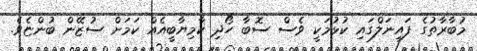
މުބާރާތުގެ ފައިނަލްގައި ކުޅުމަކީ ވެސް ސޮބާ ހޯދި ކާމިޔާބީއެއް ކަމަށް ސުޒޭން ބުންޏެވެ.